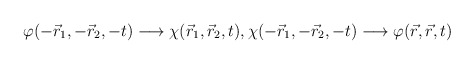
\begin{align*}\varphi(-\vec{r}_{1},-\vec{r}_{2},-t)\longrightarrow\chi(\vec{r}_{1},\vec{r}_{2},t),\chi(-\vec{r}_{1},-\vec{r}_{2},-t)\longrightarrow\varphi(\vec{r},\vec{r},t)\end{align*}